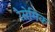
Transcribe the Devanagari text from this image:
रैसेमिक